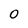
Character: O